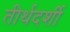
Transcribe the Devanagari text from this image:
तीर्थदर्शी